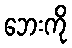
ဘေးကို